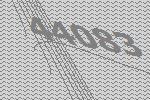
44083